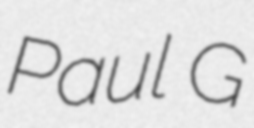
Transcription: Paul G